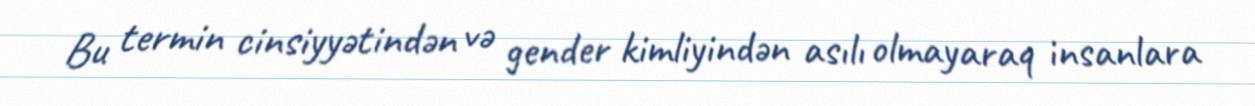
Bu termin cinsiyyətindən və gender kimliyindən asılı olmayaraq insanlara